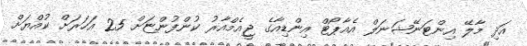
އަދި މާލޭ އިންޓަނޭޝަނަލް އެއާޕޯޓް އިންޑިއާގެ ޖީއެމްއާރު ކުންފުންޏަށް 25 އަހަރަށް ކުއްޔަށް